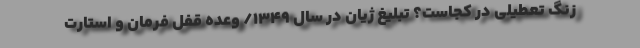
زنگ تعطیلی در کجاست؟ تبلیغ ژیان در سال ۱۳۴۹/ وعده قفل فرمان و استارت